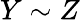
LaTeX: Y\sim Z